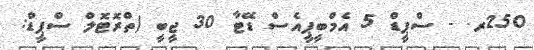
250ރ. - ސްޕީޑް 5 އެމްބީޕީއެސް ޑޭޓާ 30 ޖީބީ (ތްރޮޓޮލް ސްޕީޑް: